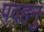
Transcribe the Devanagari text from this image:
पदहनु